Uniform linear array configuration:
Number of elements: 8
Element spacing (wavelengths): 0.75
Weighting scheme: exponential
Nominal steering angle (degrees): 45
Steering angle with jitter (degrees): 44.765
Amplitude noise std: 0.05
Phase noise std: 0.05

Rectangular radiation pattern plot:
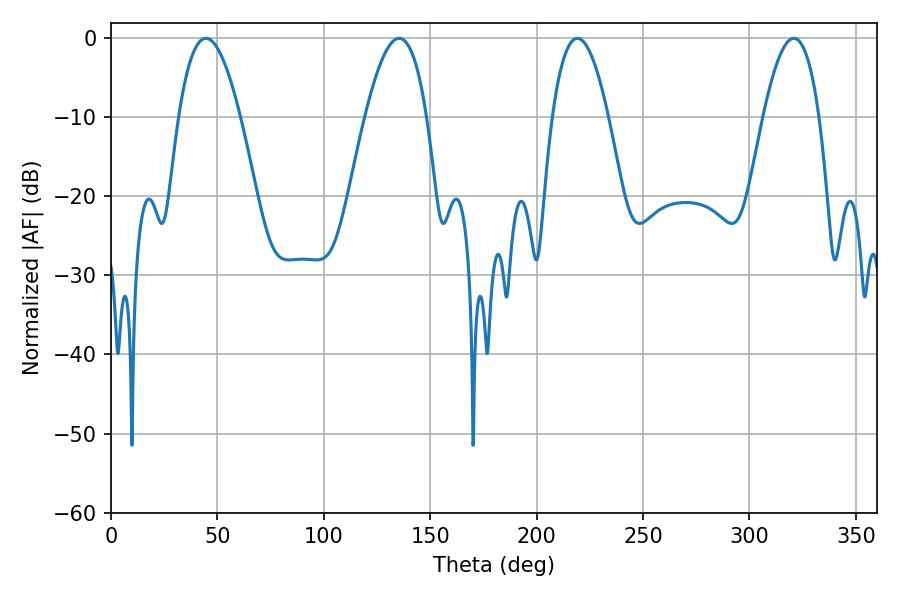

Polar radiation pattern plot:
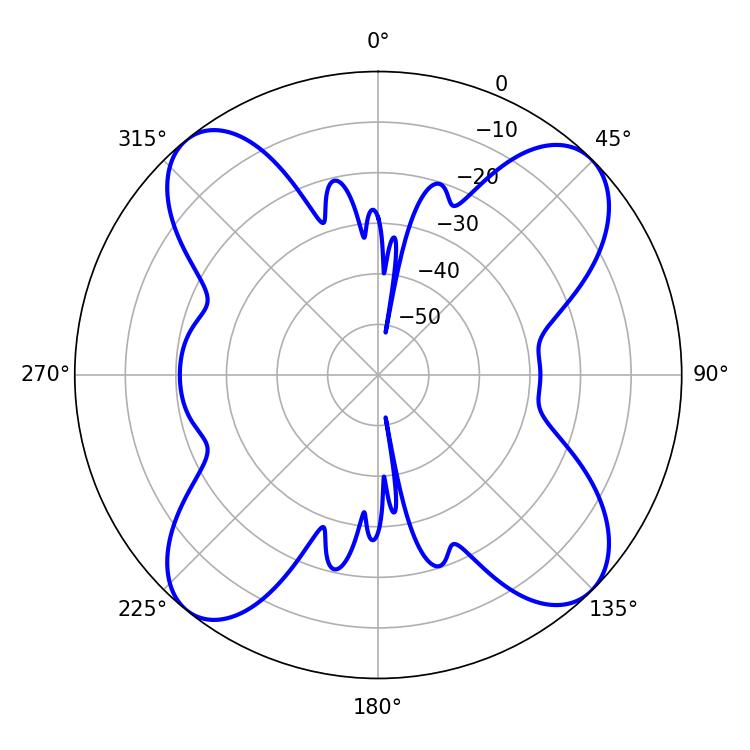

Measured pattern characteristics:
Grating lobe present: TRUE
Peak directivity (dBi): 14.47
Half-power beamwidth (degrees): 15.84
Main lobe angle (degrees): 44.64